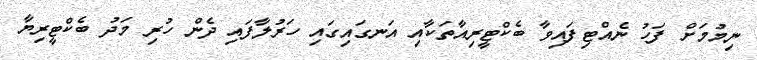
ނިމުމަށް ފަހު ނެއްޓިފައިވާ ބެކްޓީރިއާތަކާއި އަނގައިގައި ހަރުލާފައި ދެން ހުރި މަދު ބެކްޓީރިޔާ